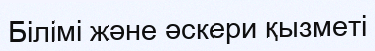
Білімі және әскери қызметі